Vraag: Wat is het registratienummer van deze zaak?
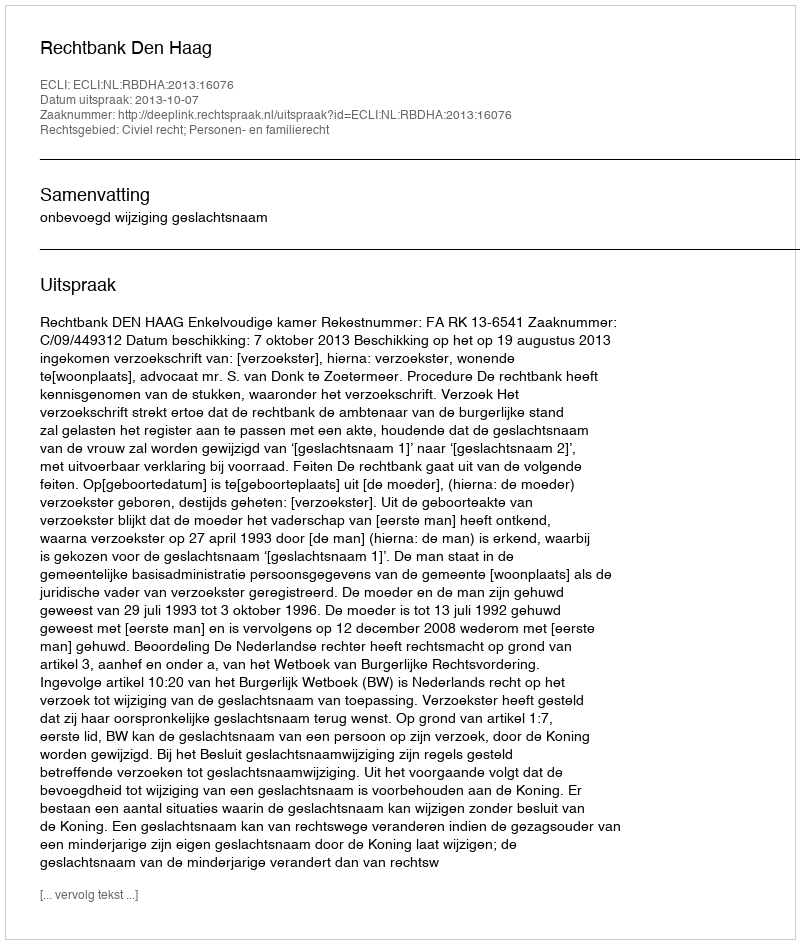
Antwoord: http://deeplink.rechtspraak.nl/uitspraak?id=ECLI:NL:RBDHA:2013:16076